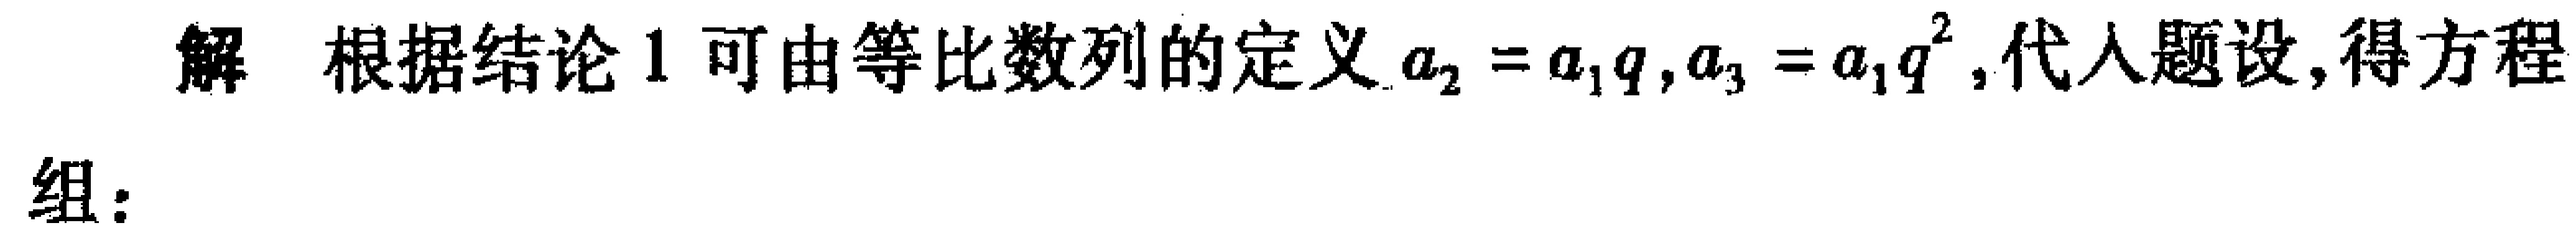
解 根据结论1可由等比数列的定义\(a_{2}=a_{1}q,a_{3}=a_{1}q^{2}\),代入题设,得方程组: